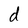
Character: d